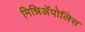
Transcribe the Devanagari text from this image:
मिन्निअॅपोलिस